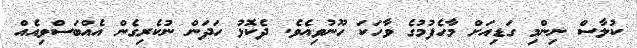
ކުލާސް ނިންމި ގަޑިއަށް މާހެފުމުގެ ވާހަކަ ހޫނުވިއެވެ. ދެކޮޅު ހަދަން ނުކެރިގެން އެއްބަސްވިއެއް